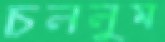
চললুম